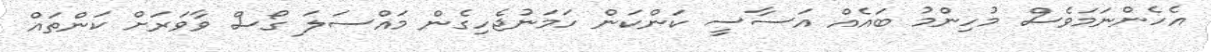
އެހެންނަމަވެސް މުހިންމު ބައެއް އަސާސީ ކަންކަން ހަމަނުޖެހިގެން މައްސަލަ ގޯސް ވާވަރަށް ކަންތައް